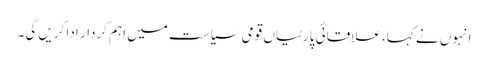
انہوں نے کہا، علاقائی پارٹیاں قومی سیاست میں اہم کردار ادا کریں گی۔